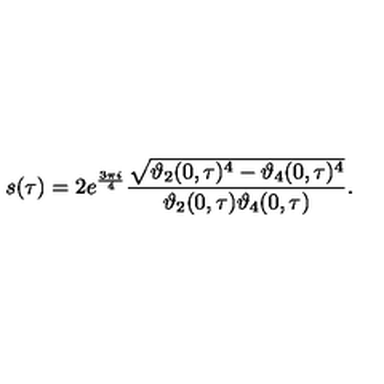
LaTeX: s ( \tau ) = 2 e ^ { \frac { 3 \pi i } { 4 } } \frac { \sqrt { \vartheta _ { 2 } ( 0 , \tau ) ^ { 4 } - \vartheta _ { 4 } ( 0 , \tau ) ^ { 4 } } } { \vartheta _ { 2 } ( 0 , \tau ) \vartheta _ { 4 } ( 0 , \tau ) } .